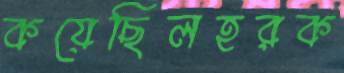
কয়েছিলহরক